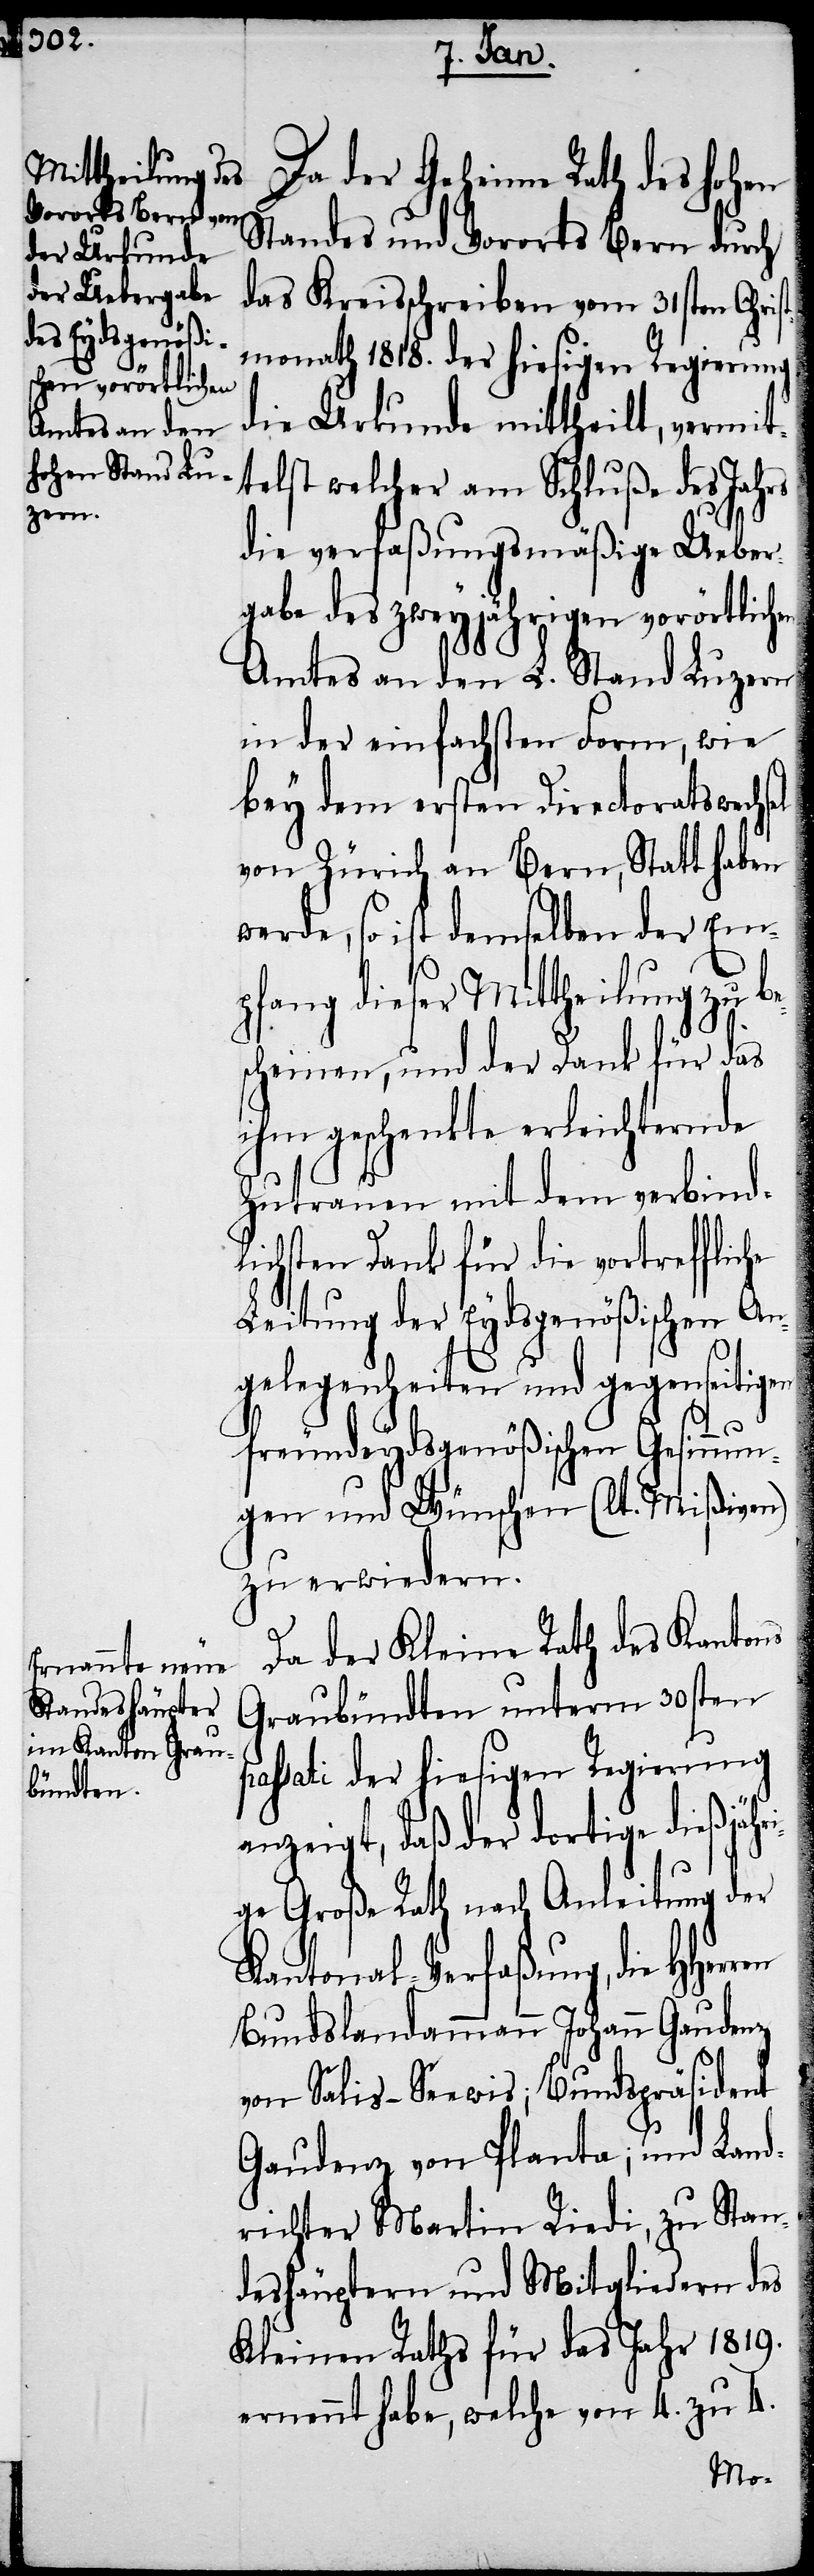
HHerren

Da der Geheime Rath des Hohen
Standes und Vororts Bern durch
das Kreisschreiben vom 31sten Chris¬
tmonath 1818. der hiesigen Regierung
die Urkunde mittheilt, vermit¬
telst welcher am Schluße des Jahres
p¬
die verfaßungsmäßige Ueber¬
gabe des zweyjährigen vorörtlichen
Amtes an den L. Stand Luzern
in der einfachsten Form, wie
bey dem ersten Directoratswechs¬
von Zürich an Bern, Statt haben
werde, so ist demselben der Em¬
pfang dieser Mittheilung zu
scheinen, und der Dank für das
ihm geschenkte erleichternde
Zutrauen mit dem verbind¬
lichsten Dank für die vortreffliche
Leitung der Eydsgenößischen An¬
gelegenheiten und gegenseitigen
freundeydsgenößischen Gesinnu¬
ngen und Wünschen (lt. Mißiven)
zu erwiedern.
Da der Kleine Rath des Kantons
Graubündten unterm 30sten
assati der hiesigen Regierung
anzeigt, daß der dortige dießjähr¬
ige Große Rath nach Anleitung der
Kantonal-Verfaßung, die
Bundslandammann Johann Gaudenz
von Salis-Seewis; Bundspräsident
Gaudenz von Planta; und Land¬
richter Martin Riedi, zu Stan¬
deshäuptern und Mitgliedern des
Kleinen Raths für das Jahr 1819.
ernennt habe, welche von 4. zu 4.